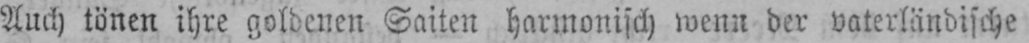
Auch tönen ihre goldenen Saiten harmonisch wenn der vaterländische